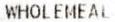
WHOLEMEAL